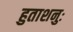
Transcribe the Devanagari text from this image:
हुताशनुः